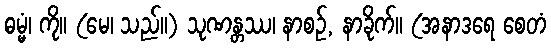
ဓမ္မံ၊ ကို။ (မေ၊ သည်။) သုဏန္တဿ၊ နာစဉ်, နာခိုက်။ (အနာဒရေ စေတံ